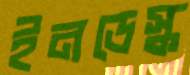
ইনডেস্ক